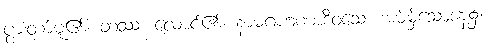
ပွားတာ်မူ၏။ တဿ၊ လောင်၏။ နာမဂဟဏာဒိဝသေ၊ အမ်မှ့်သောနေ့၌။